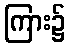
ကြား၌